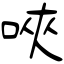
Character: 唊